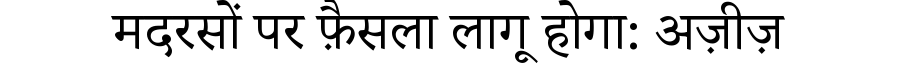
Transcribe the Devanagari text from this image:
मदरसों पर फ़ैसला लागू होगा: अज़ीज़